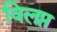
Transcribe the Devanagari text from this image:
विलप्त